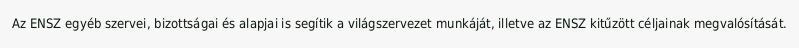
Az ENSZ egyéb szervei, bizottságai és alapjai is segítik a világszervezet munkáját, illetve az ENSZ kitűzött céljainak megvalósítását.